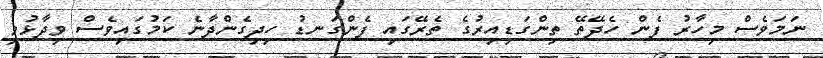
ނަމަވެސް މިހާރު ފެން ހެދޭތޭ ތިންގަޑިއިރުގެ ތެރޭގައި ފެންގަނޑު ހިދިގެންދާނެ ކަމުގައިވެސް ވިދާޅުވި